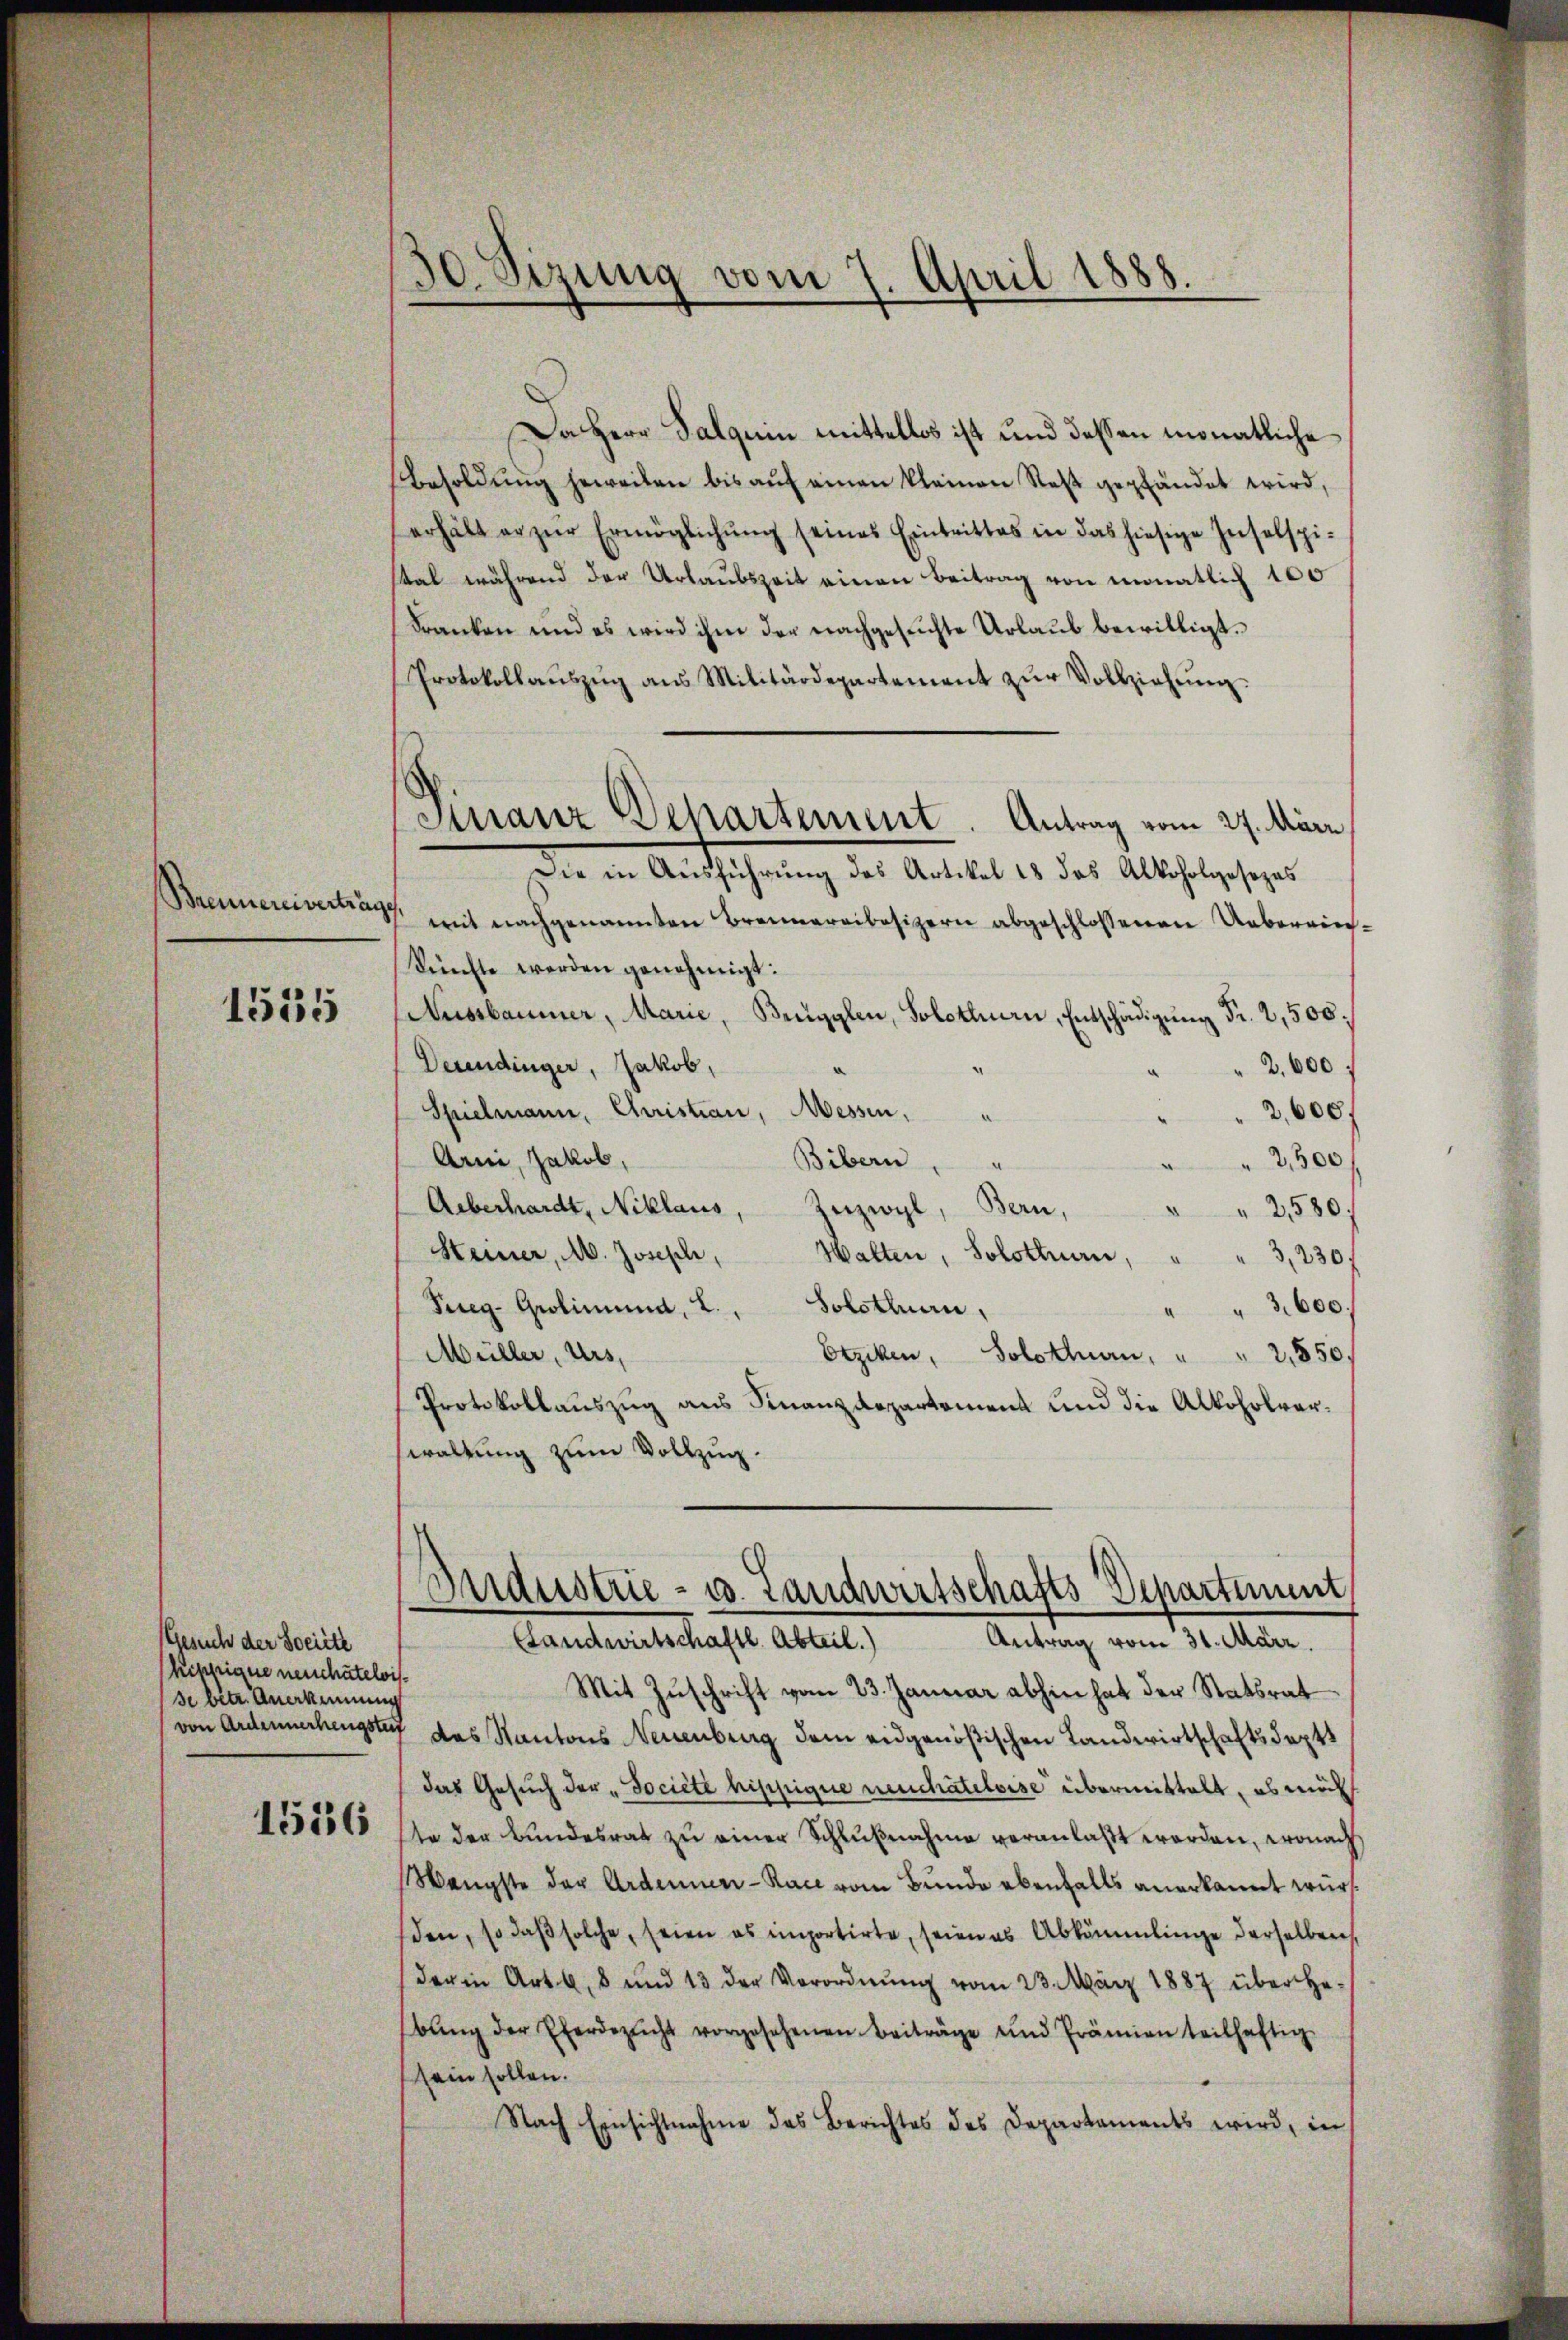
Brennereiverträg

1555

Gesuch der Societe
kippique neuchâtelois
se betr. Anerkennung
1536

30. Sizung vom 7. April 1888.

Sinanz Dehartement. Antrag vom 27. Mär

Da Herr Salquin mittellos ist und dessen monatliche
Besoldŭng jeweilen bis aŭf einen kleinen Rest gepfändet wird,
erhält er zŭr Ermöglichŭng seines Eintrittes in das hiesige Inselspi-
stal während der Urlaubszeit einen Beitrag von monatlich 100
Franken und es wird ihm der nachgesuchte Urlaub bewilligt.
Protokollaŭszŭg ans Militärdepartement zŭr Vollziehŭng.
Die in Ausführung des Artikel 18 das Alkoholgesezes
17 mit nachgenannten Brennereibesizern abgeschlossenen Ueberrich
künfte werden genehmigt:
Aussbaumer, Marie, Brugglen, Solothurn, Entschädigung Fr. 2,500
Dexendinger, Jakob,
2. 600
Spielmann, Christian, Messen,
2,608
Arni, Jakob,
Bibern
2,300
.
Aeberhardt, Niklaus, Zuzwyl, Bern,
2,580.
Heiner, M. Josephi,
Halten, Solothurn,
3, 230.
Preg- Grolinund, L., Solothurn,
" " 3,600.
Müller, Urs
Etziken, Solothurn, " " 2,850.
Protokollauszug aus Finanzdepartement und die Alkoholverwaltung zum Vollzug.
Industrie - u. Landwirtschafts-Departiment,
Antrag vom 31. März.
Landwirtschaftl. Abteil.)
Mit Zuschrift vom 23. Januar abhin hat der Statsrat
(von Artennerhengster das Kantons Neuenburg dem eidgenößischen Landwirtschaftsdept
das Gesŭch der „Jociété hippigue neuchâteloise übermittelt, ob mi
ste der Bundesrat zŭ einer Schlŭβnahme veranlaßt worden, wonach
Wengste der Ardennen-Race vom Bunde ebenfalls anerkannt wür
den, so daβ solche, seien es importirte, seien es Abkömmlinge derselben,
der in Art. 68 und 13 der Verordnŭng vom 23. März 1887 über ge-
bŭng der Eherdezucht vorgesehenen Beiträge und Prämien teilhaftig
sein sollen.
Nach Einsichtnahme des Berichtes des Departaments wird, in